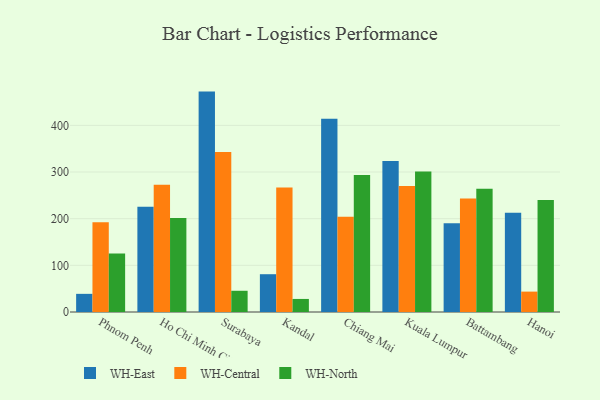
{"axis": {"x": "City", "y": "Customer Acquisition Cost (USD)"}, "legend": ["WH-Central", "WH-East", "WH-North"], "data": [{"x": "Phnom Penh", "y": 38.9, "type": "WH-East"}, {"x": "Phnom Penh", "y": 192.2, "type": "WH-Central"}, {"x": "Phnom Penh", "y": 125.2, "type": "WH-North"}, {"x": "Ho Chi Minh City", "y": 225.4, "type": "WH-East"}, {"x": "Ho Chi Minh City", "y": 272.8, "type": "WH-Central"}, {"x": "Ho Chi Minh City", "y": 201.4, "type": "WH-North"}, {"x": "Surabaya", "y": 472.4, "type": "WH-East"}, {"x": "Surabaya", "y": 342.9, "type": "WH-Central"}, {"x": "Surabaya", "y": 45.5, "type": "WH-North"}, {"x": "Kandal", "y": 81.0, "type": "WH-East"}, {"x": "Kandal", "y": 267.0, "type": "WH-Central"}, {"x": "Kandal", "y": 28.0, "type": "WH-North"}, {"x": "Chiang Mai", "y": 414.1, "type": "WH-East"}, {"x": "Chiang Mai", "y": 203.9, "type": "WH-Central"}, {"x": "Chiang Mai", "y": 293.9, "type": "WH-North"}, {"x": "Kuala Lumpur", "y": 323.9, "type": "WH-East"}, {"x": "Kuala Lumpur", "y": 270.3, "type": "WH-Central"}, {"x": "Kuala Lumpur", "y": 301.4, "type": "WH-North"}, {"x": "Battambang", "y": 190.2, "type": "WH-East"}, {"x": "Battambang", "y": 243.4, "type": "WH-Central"}, {"x": "Battambang", "y": 264.3, "type": "WH-North"}, {"x": "Hanoi", "y": 212.6, "type": "WH-East"}, {"x": "Hanoi", "y": 43.7, "type": "WH-Central"}, {"x": "Hanoi", "y": 240.1, "type": "WH-North"}]}